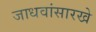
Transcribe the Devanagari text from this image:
जाधवांसारखे